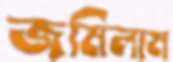
জমিলাম